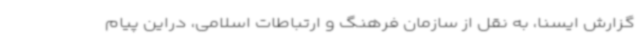
گزارش ایسنا، به نقل از سازمان فرهنگ و ارتباطات اسلامی، دراین پیام